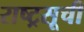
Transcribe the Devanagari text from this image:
राष्ट्रसूची